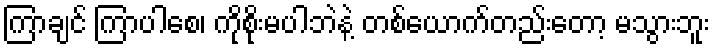
ကြာချင် ကြာပါစေ၊ ကိုစိုးမပါဘဲနဲ့ တစ်ယောက်တည်းတော့ မသွားဘူး